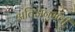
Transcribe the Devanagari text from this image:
अतिअनुभवी